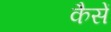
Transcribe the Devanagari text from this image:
कैसें